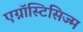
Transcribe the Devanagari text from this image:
एग्नॉस्टिसिज्म